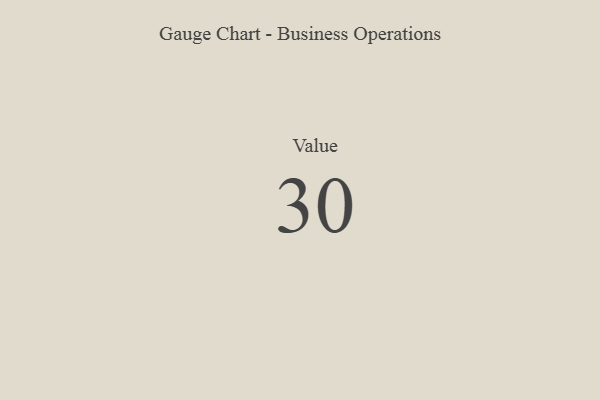
{"axis": {"x": "Metric", "y": "Value"}, "legend": [""], "data": [{"x": "Value", "y": 30, "type": ""}]}